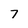
Character: 7